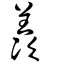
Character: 羡